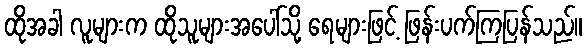
ထိုအခါ လူများက ထိုသူများအပေါ်သို့ ရေများဖြင့် ဖြန်းပက်ကြပြန်သည်။